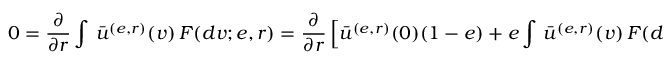
0 = \frac { \partial } { \partial r } \int \, \bar { u } ^ { ( e , r ) } ( v ) \, F ( d v ; e , r ) = \frac { \partial } { \partial r } \left[ \bar { u } ^ { ( e , r ) } ( 0 ) ( 1 - e ) + e \int \, \bar { u } ^ { ( e , r ) } ( v ) \, F ( d v ; r ) \right] = e \frac { \partial } { \partial r } \int \, \bar { u } ^ { ( e , r ) } ( v ) \, F ( d v ; r )